Indian journal of veterinary science and animal husbandry - Volume 2,
Year: 1932
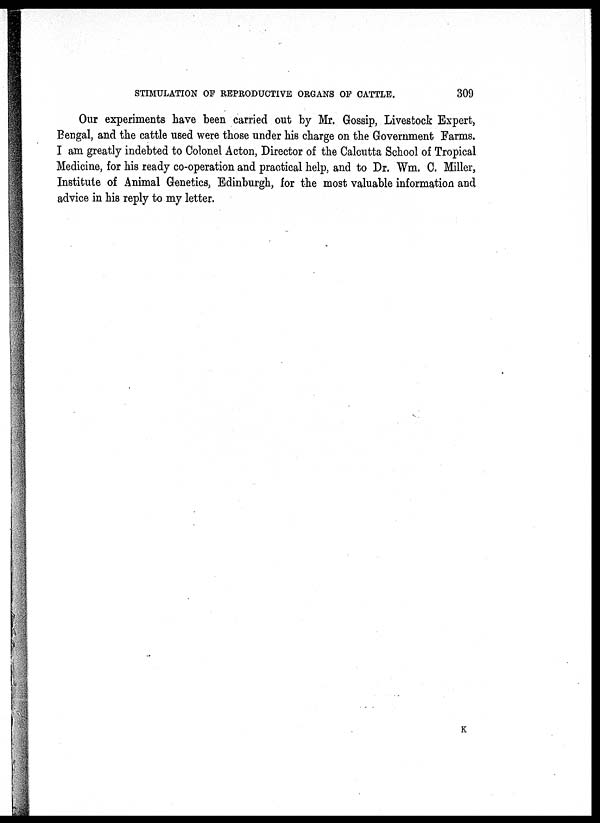
STIMULATION OF REPRODUCTIVE ORGANS OF CATTLE.
309
Our experiments have been carried out by Mr. Gossip, Livestock Expert,
Bengal, and the cattle used were those under his charge on the Government Farms.
I am greatly indebted to Colonel Acton, Director of the Calcutta School of Tropical
Medicine, for his ready co-operation and practical help, and to Dr. Wm. C. Miller,
Institute of Animal Genetics, Edinburgh, for the most valuable information and
advice in his reply to my letter.